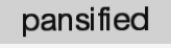
pansified